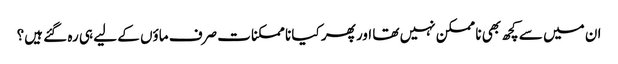
ان میں سے کچھ بھی نا ممکن نہیں تھا اور پھر کیا نا ممکنات صرف ماؤں کے لیے ہی رہ گئے ہیں؟